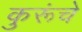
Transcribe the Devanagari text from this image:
कुरूंचे